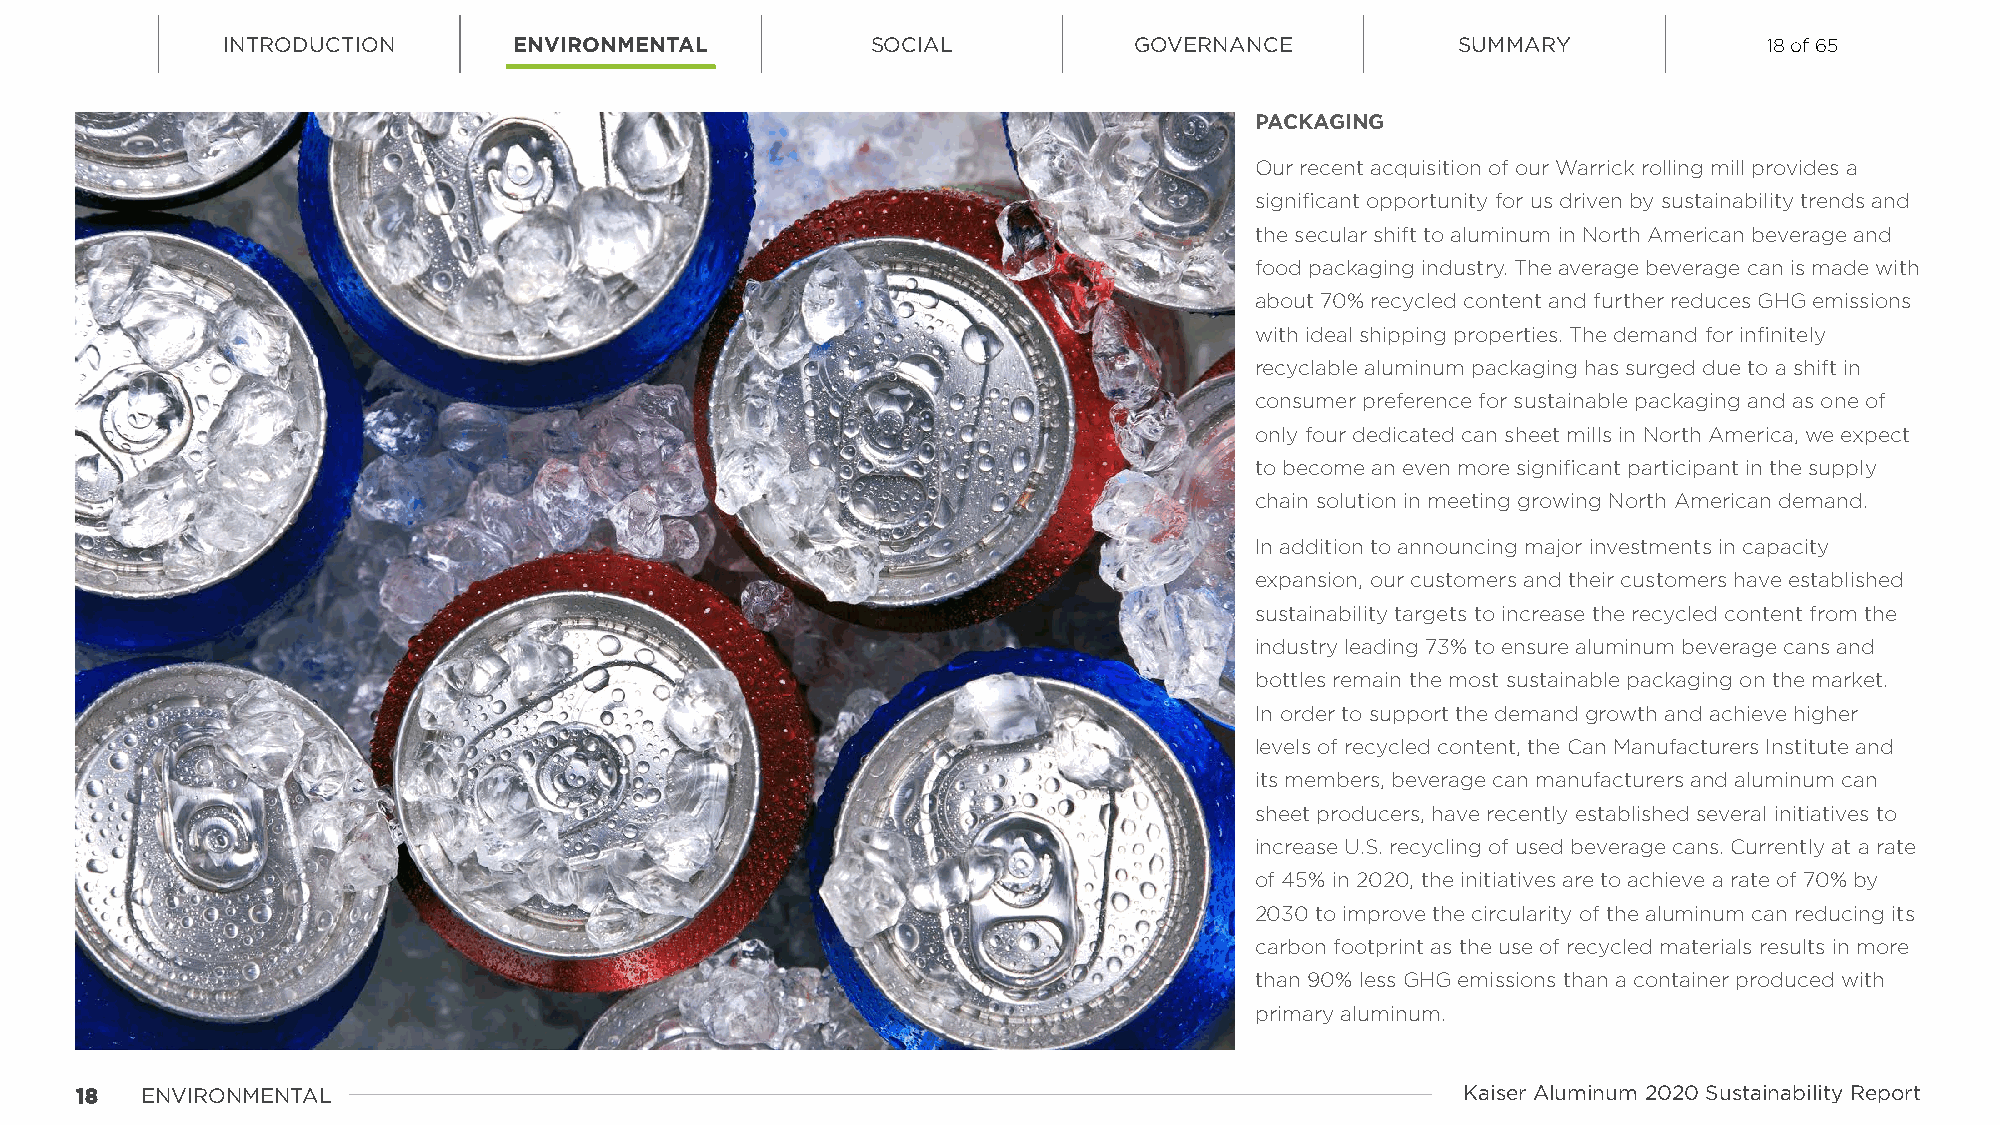
INTRODUCTION       ENVIRONMENTAL           SOCIAL           GOVERNANCE            SUMMARY             18 of 65
 PACKAGING
 Our recent acquisition of our Warrick rolling mill provides a
 significant opportunity for us driven by sustainability trends and
 the secular shift to aluminum in North American beverage and
 food packaging industry. The average beverage can is made with
 about 70% recycled content and further reduces GHG emissions
 with ideal shipping properties. The demand for infinitely
 recyclable aluminum packaging has surged due to a shift in
 consumer preference for sustainable packaging and as one of
 only four dedicated can sheet mills in North America, we expect
 to become an even more significant participant in the supply
 chain solution in meeting growing North American demand.
 In addition to announcing major investments in capacity
 expansion, our customers and their customers have established
 sustainability targets to increase the recycled content from the
 industry leading 73% to ensure aluminum beverage cans and
 bottles remain the most sustainable packaging on the market.
 In order to support the demand growth and achieve higher
 levels of recycled content, the Can Manufacturers Institute and
 its members, beverage can manufacturers and aluminum can
 sheet producers, have recently established several initiatives to
 increase U.S. recycling of used beverage cans. Currently at a rate
 of 45% in 2020, the initiatives are to achieve a rate of 70% by
 2030 to improve the circularity of the aluminum can reducing its
 carbon footprint as the use of recycled materials results in more
 than 90% less GHG emissions than a container produced with
 primary aluminum.
 1188 ENVIRONMENTAL                                                                          Kaiser Aluminum 2020 Sustainability Report